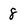
Character: 8